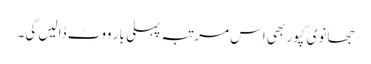
جھانوی کپور بھی اس مرتبہ پہلی بار ووٹ ڈالیں گی۔